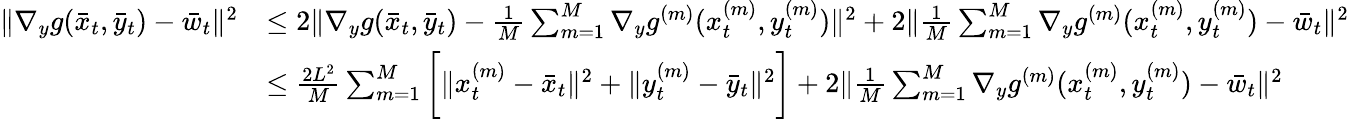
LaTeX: \begin{array}{rl}{\| \nabla_{y}g(\bar{x}_{t},\bar{y}_{t})-\bar{w}_{t}\| ^{2}}&{\leq 2\| \nabla_{y}g(\bar{x}_{t},\bar{y}_{t})-\frac{1}{M}\sum_{m=1}^{M}\nabla_{y}g^{(m)}(x_{t}^{(m)},y_{t}^{(m)})\| ^{2}+2\| \frac{1}{M}\sum_{m=1}^{M}\nabla_{y}g^{(m)}(x_{t}^{(m)},y_{t}^{(m)})-\bar{w}_{t}\| ^{2}}\\ &{\leq\frac{2L^{2}}{M}\sum_{m=1}^{M}\bigg[\| x_{t}^{(m)}-\bar{x}_{t}\| ^{2}+\| y_{t}^{(m)}-\bar{y}_{t}\| ^{2}\bigg]+2\| \frac{1}{M}\sum_{m=1}^{M}\nabla_{y}g^{(m)}(x_{t}^{(m)},y_{t}^{(m)})-\bar{w}_{t}\| ^{2}}\end{array}